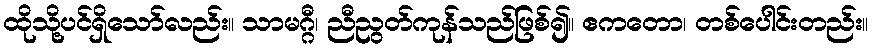
ထိုသို့ပင်ရှိသော်လည်း။ သာမဂ္ဂီ၊ ညီညွတ်ကုန်သည်ဖြစ်၍။ ဧကတော၊ တစ်ပေါင်းတည်း။